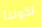
لكوننا